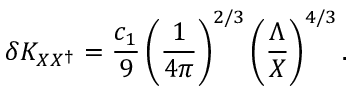
\delta K _ { X X ^ { \dagger } } = { \frac { c _ { 1 } } { 9 } } \left( { \frac { 1 } { 4 \pi } } \right) ^ { 2 / 3 } \left( { \frac { \Lambda } { X } } \right) ^ { 4 / 3 } .